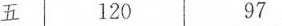
五 120 97